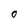
Character: O